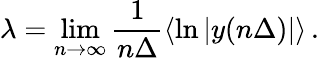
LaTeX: \lambda=\operatorname*{lim}_{n\to\infty}\frac{1}{n\Delta}\langle\ln|y(n\Delta)|\rangle\, .